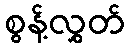
စွန့်လွှတ်